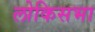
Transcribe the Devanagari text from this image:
लोकिसभा